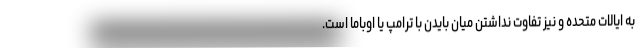
به ایالات متحده و نیز تفاوت نداشتن میان بایدن با ترامپ یا اوباما است.